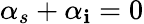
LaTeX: \alpha_{s}+\alpha_{\mathbf{i}}=0